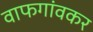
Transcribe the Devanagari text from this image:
वाफगांवकर